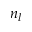
n _ { l }